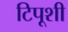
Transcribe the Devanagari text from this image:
टिपूशी